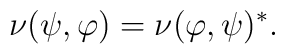
\nu( \psi, \varphi ) = \nu( \varphi, \psi )^* .